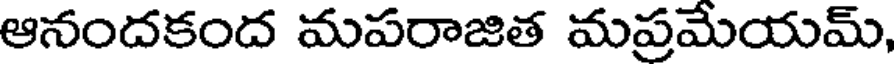
ఆనందకంద మపరాజిత మప్రమేయమ్,